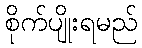
စိုက်ပျိုးရမည်